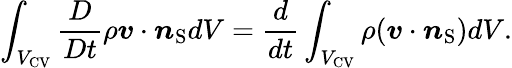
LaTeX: \int_{{V_{\mathrm{{CV}}}}}\frac{D}{Dt}\rho\boldsymbol{v}\cdot\boldsymbol{n}_{\mathrm{{S}}}dV=\frac{d}{dt}\int_{{V_{\mathrm{{CV}}}}}\rho(\boldsymbol{v}\cdot\boldsymbol{n}_{\mathrm{{S}}})dV.